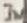
Text: IN